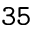
\mathtt { 3 5 }